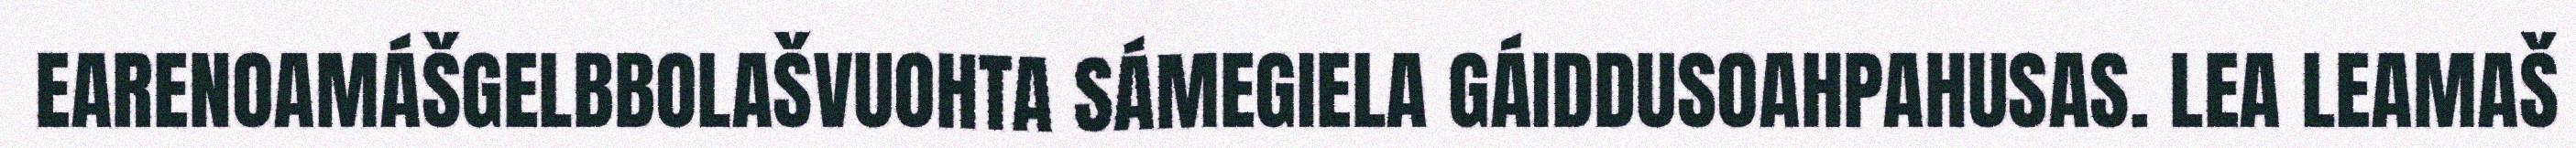
EARENOAMÁŠGELBBOLAŠVUOHTA SÁMEGIELA GÁIDDUSOAHPAHUSAS. LEA LEAMAŠ